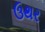
ઉથર